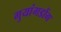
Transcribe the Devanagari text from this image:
गुयांगडोंग